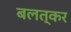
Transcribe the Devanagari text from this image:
बलत्कर